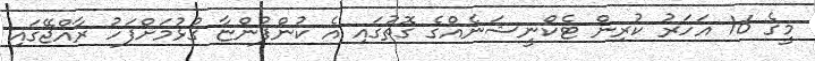
މީގެ 16 އަހަރު ކުރިން ޓެކްނީޝަނެއްގެ ގޮތުގައި އެ ކުންފުންޏާ ގުޅުމަށްފަހު ރާއްޖޭގައި